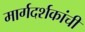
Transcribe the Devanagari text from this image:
मार्गदर्शकांची